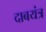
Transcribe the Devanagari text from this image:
दाबयंत्र